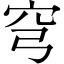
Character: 穹